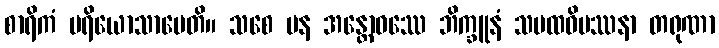
စာရိကံ ပရိယောသာပေတိ။ သစေ ပန အန္တောဝဿေ ဘိက္ခူနံ သမထဝိပဿနာ တရုဏာ